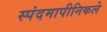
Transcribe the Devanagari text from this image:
स्पंदमापीनिकले